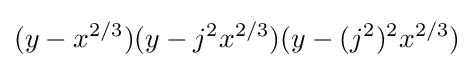
(y-x^{2/3})(y-j^{2}x^{2/3})(y-(j^{2})^{2}x^{2/3})